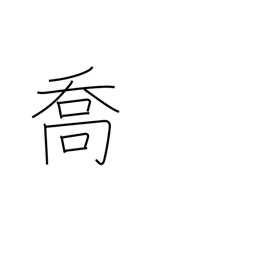
Meaning: boasting